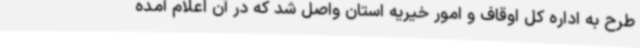
طرح به اداره کل اوقاف و امور خیریه استان واصل شد که در آن اعلام آمده